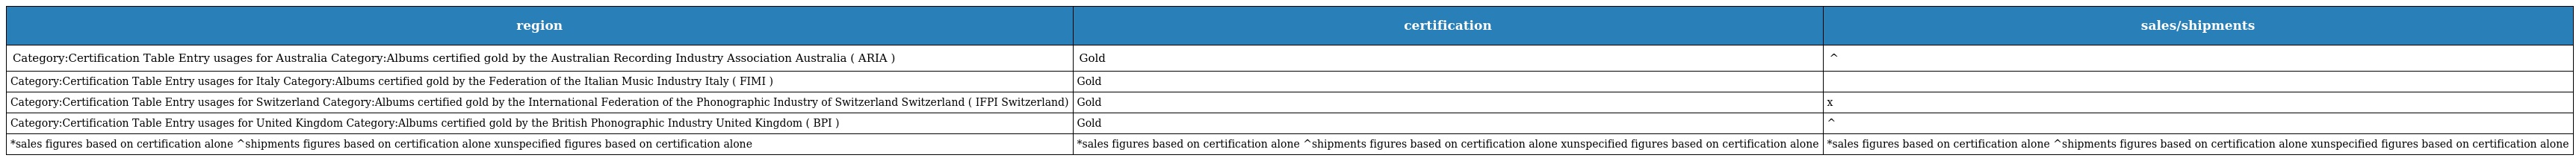
| region | certification | sales/shipments |
 | --- | --- | --- |
 | Category:Certification Table Entry usages for Australia Category:Albums certified gold by the Australian Recording Industry Association Australia ( ARIA ) | Gold | ^ |
 | Category:Certification Table Entry usages for Italy Category:Albums certified gold by the Federation of the Italian Music Industry Italy ( FIMI ) | Gold |  |
 | Category:Certification Table Entry usages for Switzerland Category:Albums certified gold by the International Federation of the Phonographic Industry of Switzerland Switzerland ( IFPI Switzerland) | Gold | x |
 | Category:Certification Table Entry usages for United Kingdom Category:Albums certified gold by the British Phonographic Industry United Kingdom ( BPI ) | Gold | ^ |
 | *sales figures based on certification alone ^shipments figures based on certification alone xunspecified figures based on certification alone | *sales figures based on certification alone ^shipments figures based on certification alone xunspecified figures based on certification alone | *sales figures based on certification alone ^shipments figures based on certification alone xunspecified figures based on certification alone |